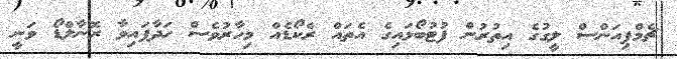
ޗެމްޕިއަންސް ލީގުގެ އިތުރުން ފުޓުބޯޅައިގެ އެތައް ރެކޯޑެއް މިހާރުވެސް ހަދާފައިވާ ރޮނާލްޑޯ ވަނީ